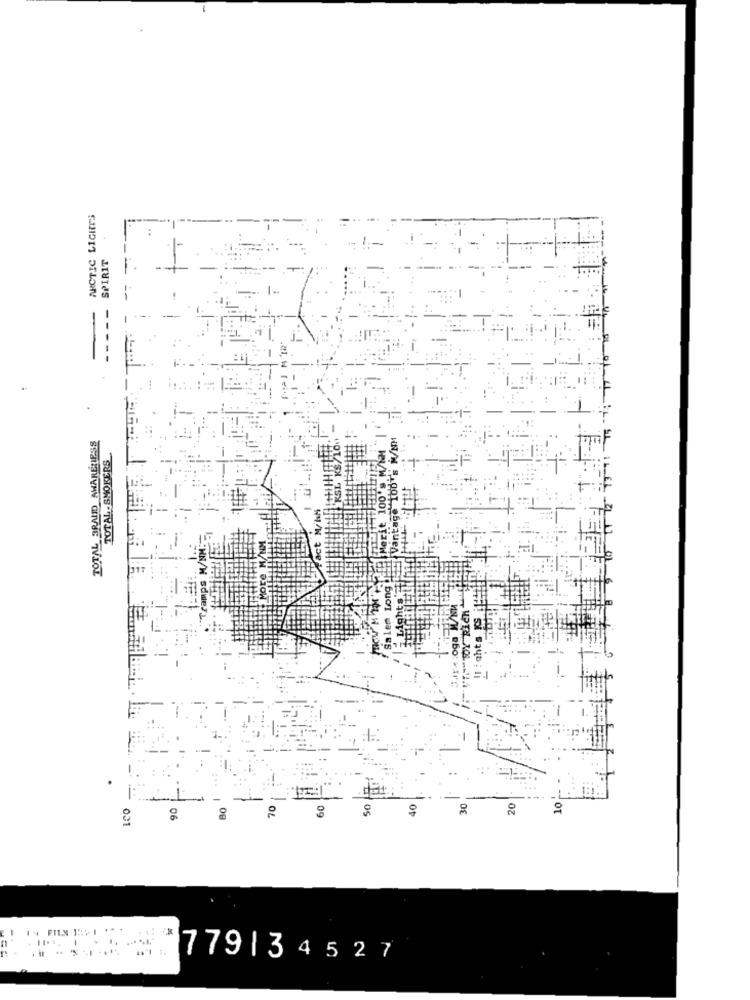
ARCTIC LIGHTS
SPIRIT
TOTAL BRAND AWARENESS
TOTAL - SMOKERS
Saler Long
z.Lights'
Jar -: oga W/NM
VE WDY RICH
:ahts KS
-
.det.
co
90
BO
70
60
30
40
30
20
10
7791 34527